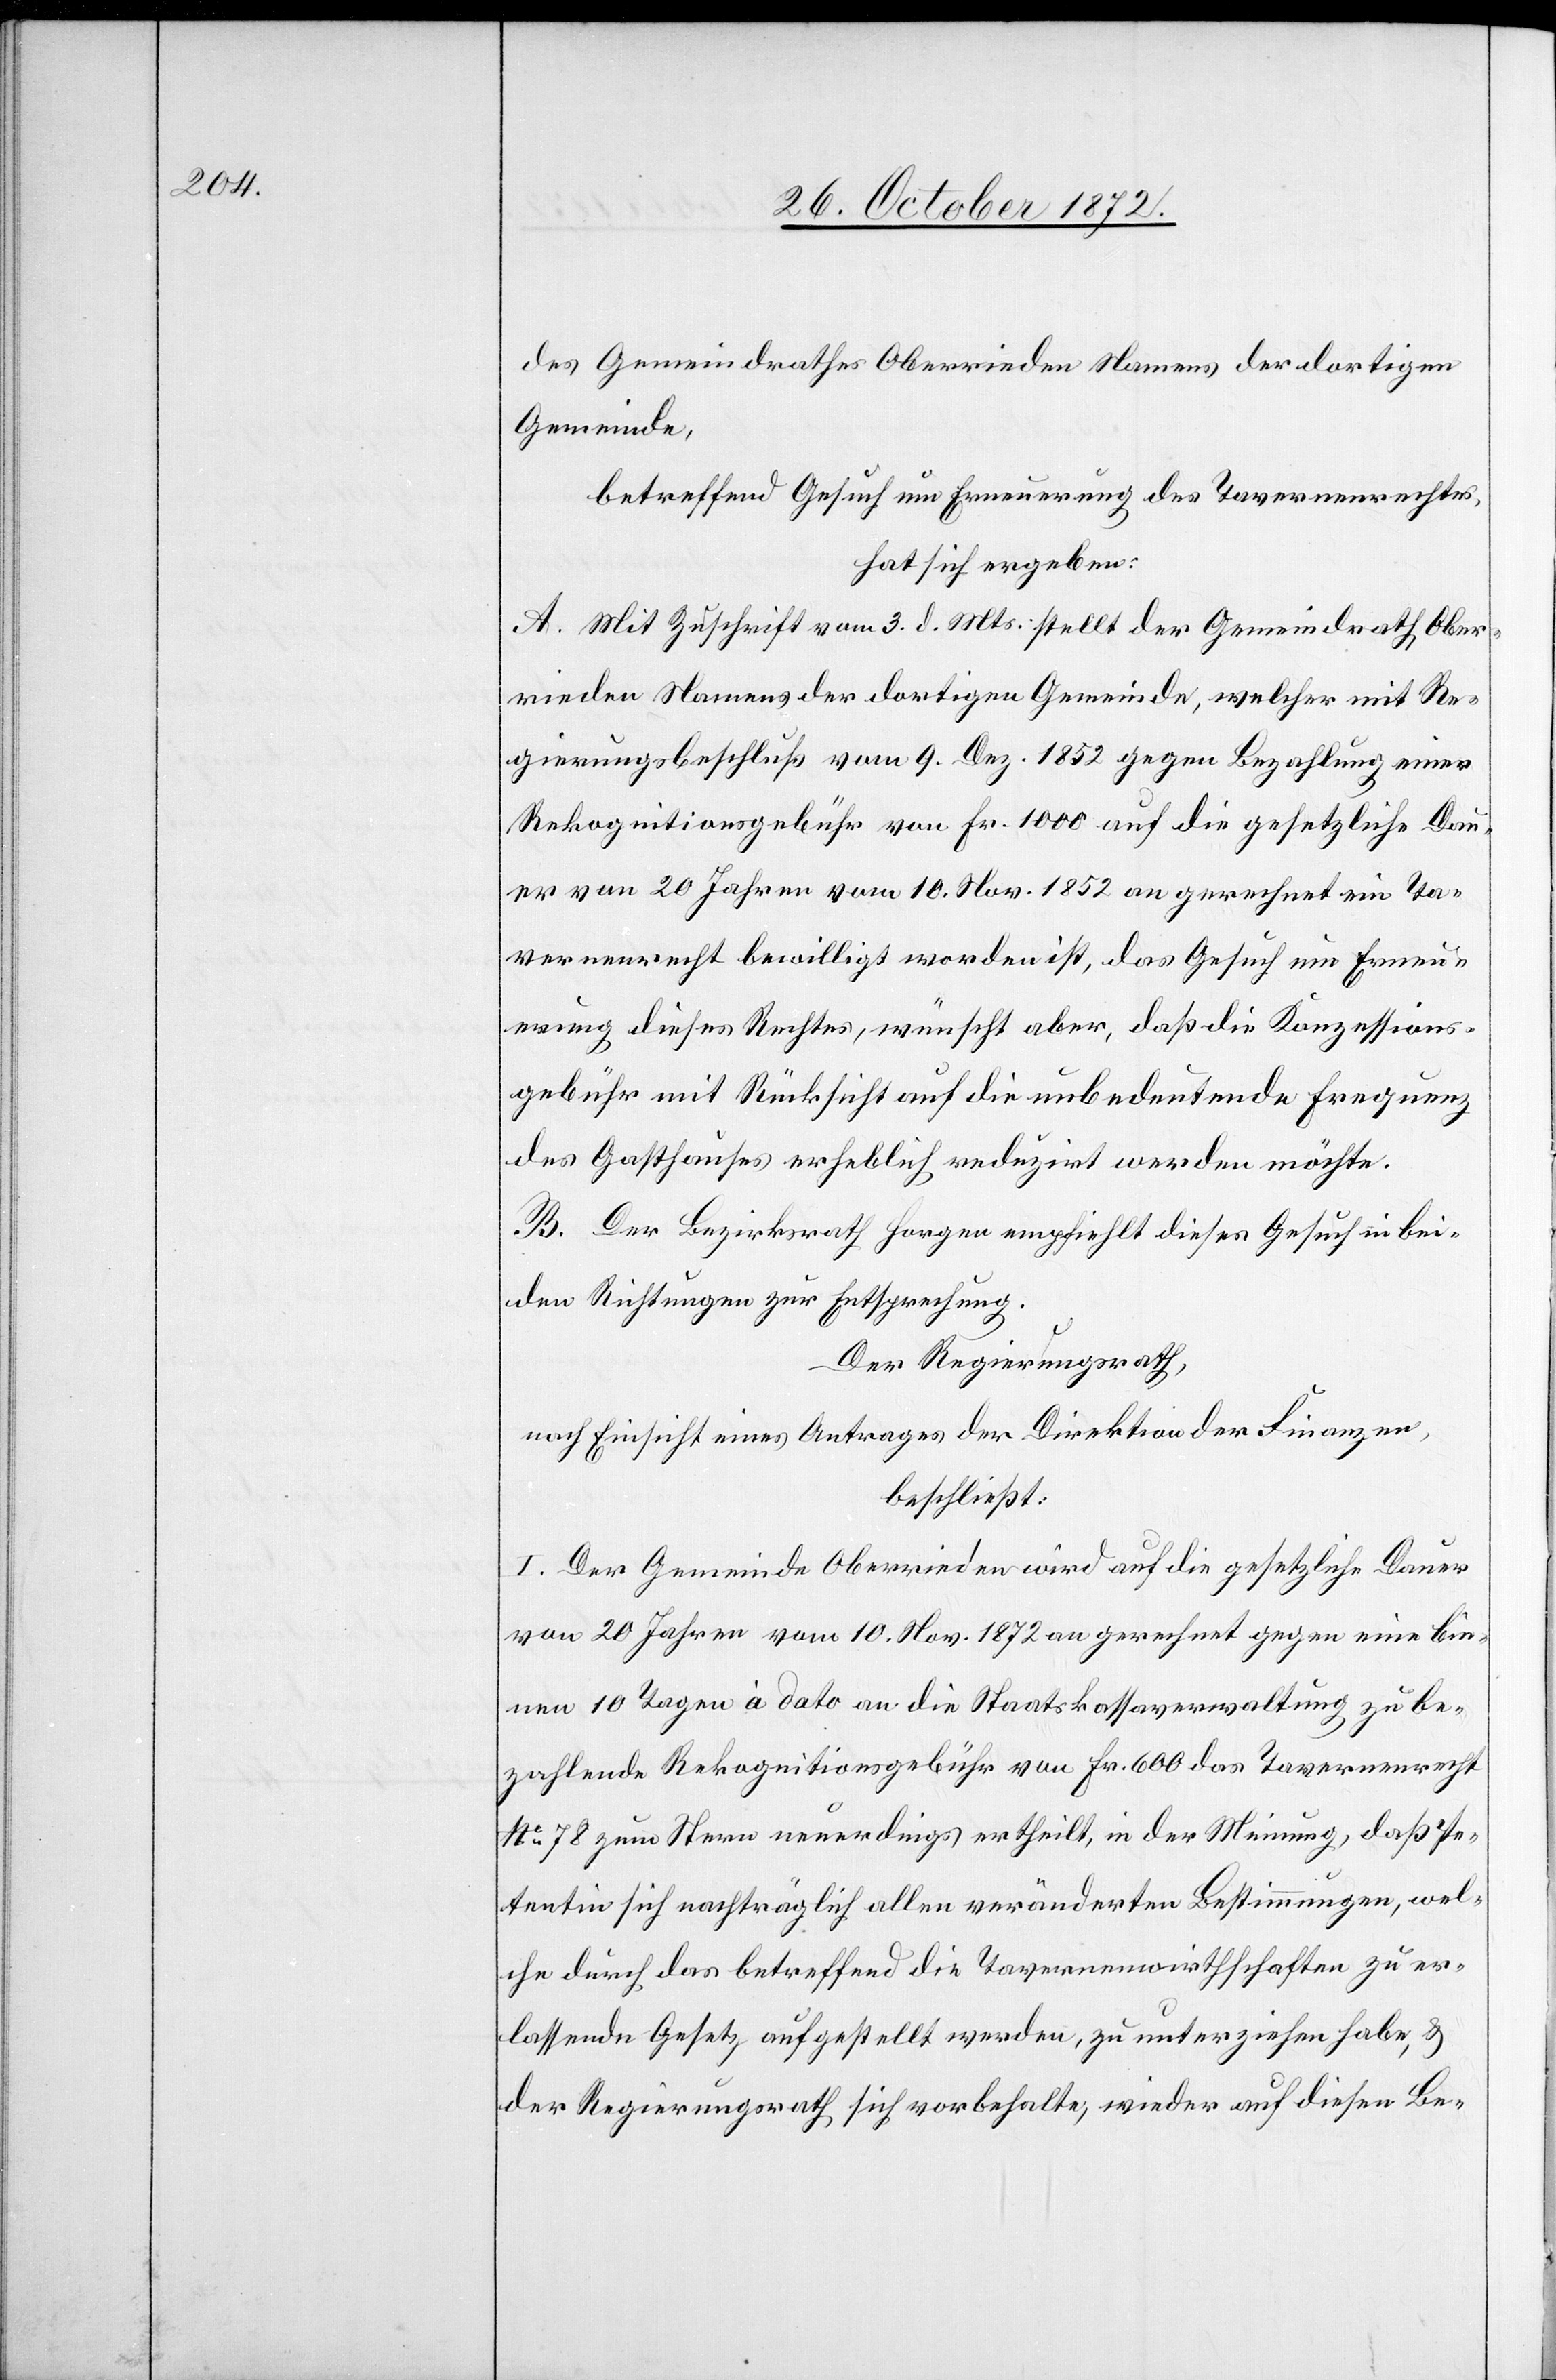
des Gemeindrathes Oberrieden Namens der dortigen
Gemeinde,
betreffend Gesuch um Erneuerung des Tavernenrechtes,
hat sich ergeben:
A. Mit Zuschrift vom 3. d. Mts. stellt der Gemeindrath Ober¬
rieden Namens der dortigen Gemeinde, welcher mit Re¬
gierungsbeschluß vom 9. Dez. 1852 gegen Bezahlung einer
Rekognitionsgebühr von Fr. 1000 auf die gesetzliche Dau¬
er von 20 Jahren vom 10. Nov. 1852 an gerechnet ein Ta¬
vernenrecht bewilligt worden ist, das Gesuch um Erneu¬
erung dieses Rechtes, wünscht aber, daß die Konzessions¬
gebühr mit Rücksicht auf die unbedeutende Frequenz
des Gasthauses erheblich reduzirt werden möchte.
B. Der Bezirksrath Horgen empfiehlt dieses Gesuch in bei¬
den Richtungen zur Entsprechung.
Der Regierungsrath,
nach Einsicht eines Antrages der Direktion der Finanzen,
beschließt:
I. Der Gemeinde Oberrieden wird auf die gesetzliche Dauer
von 20 Jahren vom 10. Nov. 1872 an gerechnet gegen eine bin¬
nen 10 Tagen à dato an die Staatskassaverwaltung zu be¬
zahlende Rekognitionsgebühr von Fr. 600 das Tavernenrecht
No 78 zum Stern neuerdings ertheilt, in der Meinung, daß Pe¬
tentin sich nachträglich allen veränderten Bestimmungen, wel¬
che durch das betreffend die Tavernenwirthschaften zu er¬
lassende Gesetz aufgestellt werden, zu unterziehen habe, u.
der Regierungsrath sich vorbehalte, wieder auf diesen Be-